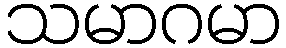
သမာဂမာ